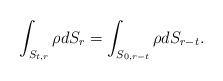
LaTeX: \begin{align*}\int_{S_{t,r}}\rho dS_{r}=\int_{S_{0,r-t}}\rho dS_{r-t}.\end{align*}